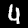
Digit: 4